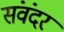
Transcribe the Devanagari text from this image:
संवंदर